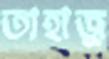
তাহাজু